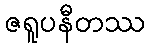
ဇရူပနီတဿ